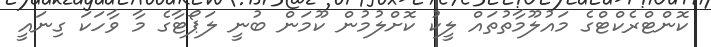
ކޮންޓްރެކްޓްގެ މައުލޫމާތުތައް ލީކު ކޮށްލުމުން ކޫމަން ބުނީ ލަޕޯޓާގެ މާ ވާހަކަ ގިނައީ